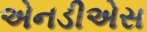
એનડીએસ